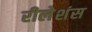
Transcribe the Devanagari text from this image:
रीलेशंस